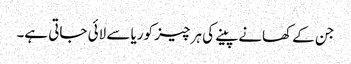
جن کے کھانےپینے کی ہر چیز کوریا سے لائی جاتی ہے۔